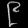
Digit: ၉